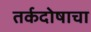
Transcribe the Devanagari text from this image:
तर्कदोषाचा